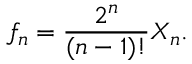
f _ { n } = \frac { 2 ^ { n } } { ( n - 1 ) ! } X _ { n } .